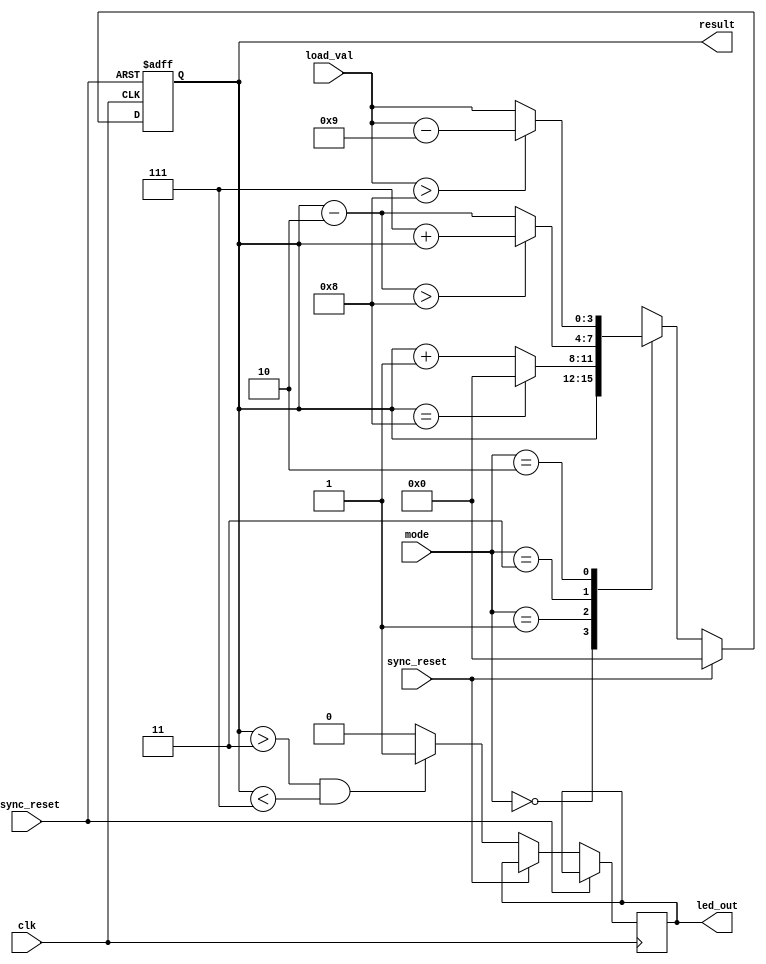
module countMod9 (
	input clk,    				// Clock
	input sync_reset, 		// Synchronous reset
	input async_reset, 		// Asynchronous reset
	input [3:0] load_val, // Value written to output when LOAD mode is active
	input [1:0] mode, 		// STOP = 00 increment (+1) = 01, decrement (-2) = 11, LOAD value = 10
	output [3:0] result,
	output reg led_out 		// Signals when counter value is >4 and <8
);

// reg [25:0] div_cnt_reg;
// wire [25:0] div_cnt_next;
// wire slow_clk;


// Optional code: hardware avilable clock is 50 Mhz. 
// To observe how counter works clock frequency is reduced to 1Hz
// always @(posedge clk, posedge async_reset) begin
// 	if (async_reset) begin
// 		div_cnt_reg <= 0;
// 	end else if (sync_reset) begin
// 		div_cnt_reg <= 0;
// 	end else begin
// 		div_cnt_reg <= div_cnt_next;
// 	end
// end

// assign div_cnt_next = div_cnt_reg + 1;
// assign slow_clk = div_cnt_reg[25];

reg [3:0] cnt_reg, cnt_next;

// always @(posedge slow_clk, posedge async_reset) begin
always @(posedge clk, posedge async_reset) begin
	if (async_reset) begin
		cnt_reg <= 0;
	end else if (sync_reset) begin
		cnt_reg <= 0;
	end else begin
		
		cnt_reg <= cnt_next;
		
		if ((cnt_reg > 3) && (cnt_reg < 7)) begin
			led_out <= 1;
		end else begin
			led_out <= 0;
		end
	end
end

// Combinational block for counter function 
localparam STOP = 2'b00, INC_ONE = 2'b01, DEC_TWO = 2'b11, LOAD = 2'b10;

always @*
	case (mode)
		STOP: 
			cnt_next = cnt_reg; 
		INC_ONE: 
			if (cnt_reg == 8) begin
			 	cnt_next = 0;
			end else begin
				cnt_next = cnt_reg + 1;
			end
		DEC_TWO: begin 
			cnt_next = cnt_reg - 2;
			if (cnt_next > 8) begin
	 			cnt_next = 9 - 2 + cnt_reg; // case when cnt_reg = 1 or cnt_reg = 0
			end
		end
		LOAD: 
		if (load_val > 8) begin
			cnt_next = (load_val - 9);
		end else begin
			cnt_next = load_val;
		end
		default : 
			cnt_next = cnt_reg;
	endcase

assign result = cnt_reg;

endmodule